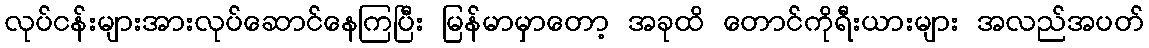
လုပ်ငန်းများအားလုပ်ဆောင်နေကြပြီး မြန်မာမှာတော့ အခုထိ တောင်ကိုရီးယားများ အလည်အပတ်